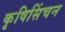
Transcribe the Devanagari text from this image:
कृषिसिंचन